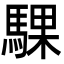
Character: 騍